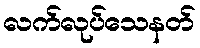
လက်လုပ်သေနတ်